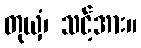
တုယှံ၊ သင့်အား။